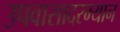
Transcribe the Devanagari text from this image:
उपवासादरम्यान